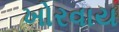
ખોરવાય